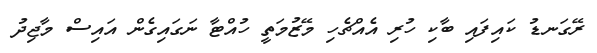
ރޭގަނޑު ކައިފައި ބާކި ހުރި އެއްޗެހި މޭޒުމަތީ ހުއްޓާ ނަގައިގެން އައިސް މާޖިދު